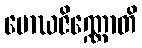
မောဃဇိဏ္ဏောတိ